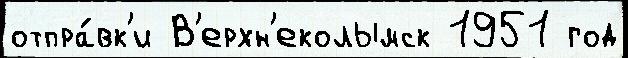
отпра́вк'и В'ерхн'еколымск 1951 год